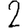
Digit: 2